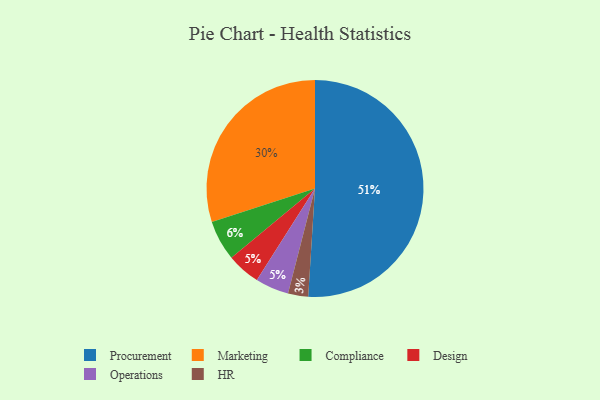
{"axis": {"x": "Category", "y": "Percentage"}, "legend": ["Compliance", "Design", "HR", "Marketing", "Operations", "Procurement"], "data": [{"x": "Procurement", "y": 51, "type": "Procurement"}, {"x": "Design", "y": 5, "type": "Design"}, {"x": "Marketing", "y": 30, "type": "Marketing"}, {"x": "HR", "y": 3, "type": "HR"}, {"x": "Compliance", "y": 6, "type": "Compliance"}, {"x": "Operations", "y": 5, "type": "Operations"}]}